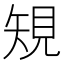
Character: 䂓